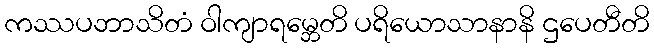
ကဿပဘာသိတံ ဝါကျာရမ္ဘေတိ ပရိယောသာနာနိ ဌပေတီတိ